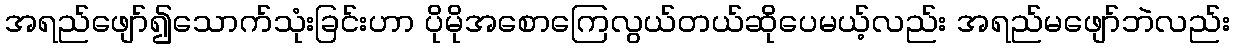
အရည်ဖျော်၍သောက်သုံးခြင်းဟာ ပိုမိုအစောကြေလွယ်တယ်ဆိုပေမယ့်လည်း အရည်မဖျော်ဘဲလည်း